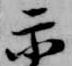
示